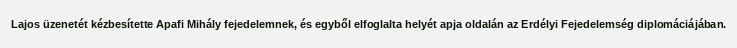
Lajos üzenetét kézbesítette Apafi Mihály fejedelemnek, és egyből elfoglalta helyét apja oldalán az Erdélyi Fejedelemség diplomáciájában.